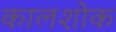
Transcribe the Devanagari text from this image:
कालशोक